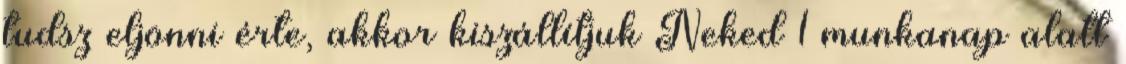
tudsz eljönni érte, akkor kiszállítjuk Neked 1 munkanap alatt